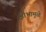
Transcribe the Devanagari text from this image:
क्षोभामुळे